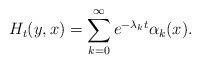
LaTeX: \begin{align*}H_t(y,x)=\sum_{k=0}^\infty e^{-\lambda_kt}\alpha_k(x).\end{align*}